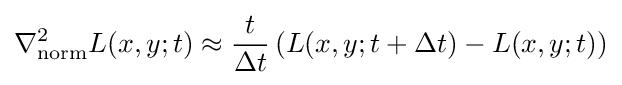
\nabla _{\mathrm {norm} }^{2}L(x,y;t)\approx {\frac {t}{\Delta t}}\left(L(x,y;t+\Delta t)-L(x,y;t)\right)